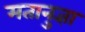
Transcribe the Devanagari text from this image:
मतानुज्ञा